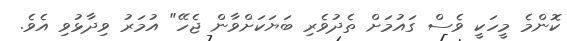
ކޮންމެ މީހަކީ ވެސް ގައުމަށް ތެދުވެރި ބަޔަކަށްވާން ޖެހޭ" އުމަރު ވިދާޅުވި އެވެ.